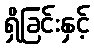
ရှိခြင်းနှင့်